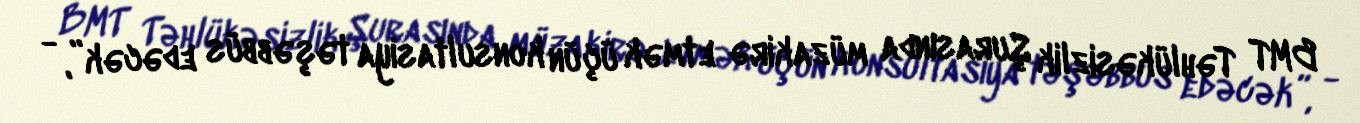
BMT Təhlükəsizlik Şurasında müzakirə etmək üçün konsultasiya təşəbbüs edəcək”, -